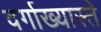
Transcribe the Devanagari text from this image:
वर्गाख्यास्ते